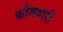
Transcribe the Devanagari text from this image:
फ़ौज़दारी